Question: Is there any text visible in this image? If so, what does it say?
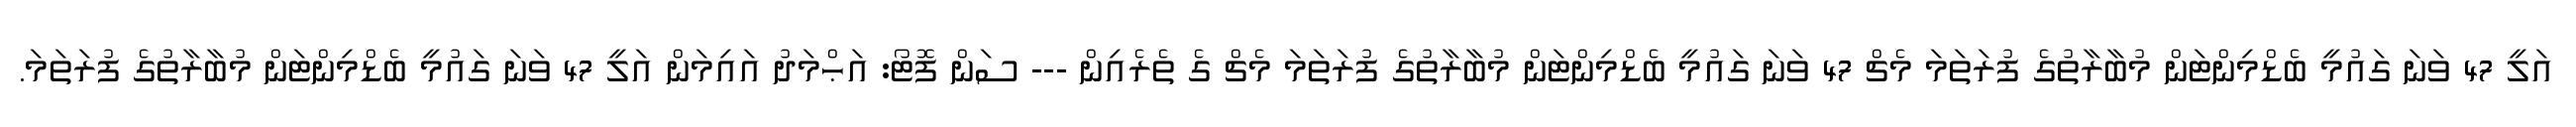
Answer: އަލީ 47 ވަނަ ގައުމީ ބެޑްމިންޓަން މުބާރާތުގެ ފުރަތަމަ މެޗް 47 ވަނަ ގައުމީ ބެޑްމިންޓަން މުބާރާތުގެ ފުރަތަމަ މެޗް ގެ ތެރެއިން --- ސަން ފޮޓޯ: އަޙްމަދު އައިމަން އަލީ 47 ވަނަ ގައުމީ ބެޑްމިންޓަން މުބާރާތުގެ ފުރަތަމަ.